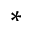
\ast